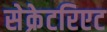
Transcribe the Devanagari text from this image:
सेक्रेटरिएट